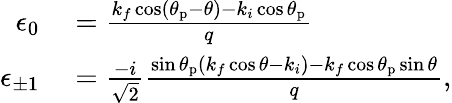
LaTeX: \begin{array}{rl}{\epsilon_{0}}&{{}=\frac{k_{f}\cos(\theta_{\mathrm{p}}-\theta)-k_{i}\cos\theta_{\mathrm{p}}}{q}}\\ {\epsilon_{\pm 1}}&{{}=\frac{-i}{\sqrt{2}}\frac{\sin\theta_{\mathrm{p}}(k_{f}\cos\theta-k_{i})-k_{f}\cos\theta_{\mathrm{p}}\sin\theta}{q},}\end{array}